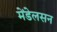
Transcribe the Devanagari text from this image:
मेंडेलसन